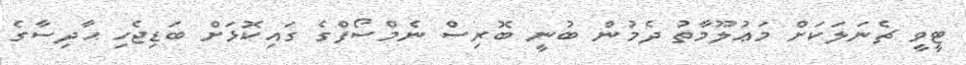
ޓީވީ ޗެނަލަކަށް މަޢުލޫމާތު ދެމުން ބުނީ ބޮރިސް ނެމްސޯފްގެ ގައިކޮޅަށް ބަޑިޖެހި ޙާދިސާގެ